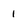
Character: 1